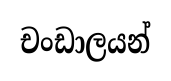
චංඩාලයන්